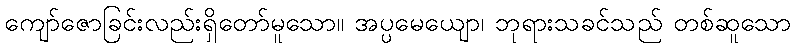
ကျော်ဇောခြင်းလည်းရှိတော်မူသော။ အပ္ပမေယျော၊ ဘုရားသခင်သည် တစ်ဆူသော